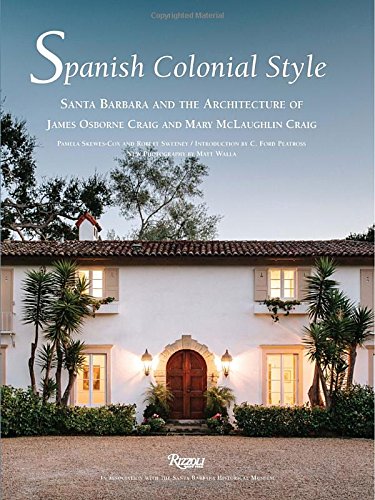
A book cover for Spanish Colonial Style: Santa Barbara and the Architecture of James Osborne Craig and Mary McLaughlin Craig; Pamela Skewes-Cox; Crafts, Hobbies & Home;